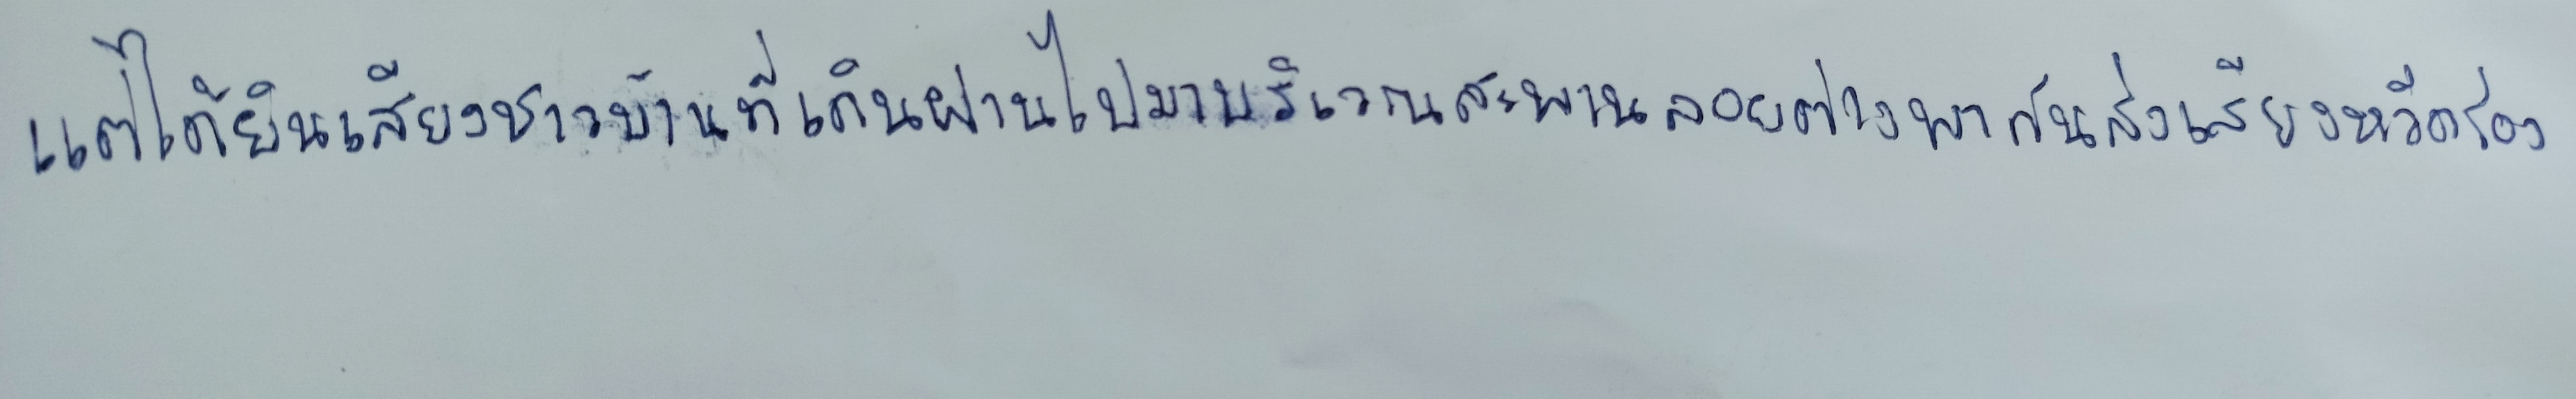
แต่ได้ยินเสียงชาวบ้านที่เดินผ่านไปมาบริเวณสะพานลอยต่างพากันส่งเสียงหวีดร้อง